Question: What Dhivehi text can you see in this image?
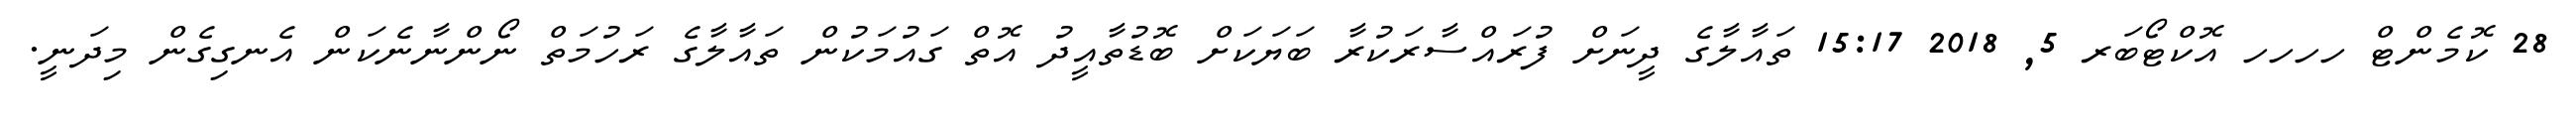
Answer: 28 ކޮމެންޓް ހހހހ އޮކްޓޯބަރ 5, 2018 15:17 ތައާލާގެ ދީނަށް ފުރައްސާރަކުރާ ބަޔަކަށް ބޮޑުތާއީދު އޮތް ގައުމަކުން ތައާލާގެ ރަހުމަތް ނޯންނާނެކަން އެނގިގެން މިދަނީ.